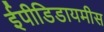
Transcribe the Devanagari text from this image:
ईपीडिडायमीस